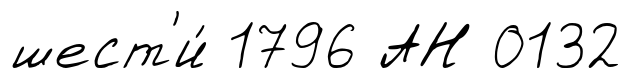
шест'и́ 1796 АН 0132